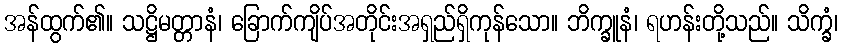
အန်ထွက်၏။ သဋ္ဌိမတ္တာနံ၊ ခြောက်ကျိပ်အတိုင်းအရှည်ရှိကုန်သော။ ဘိက္ခူနံ၊ ရဟန်းတို့သည်။ သိက္ခံ၊